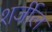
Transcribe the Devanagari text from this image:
शर्जील